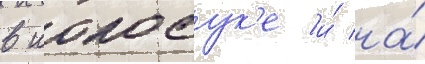
в иокосук'е и́ на́